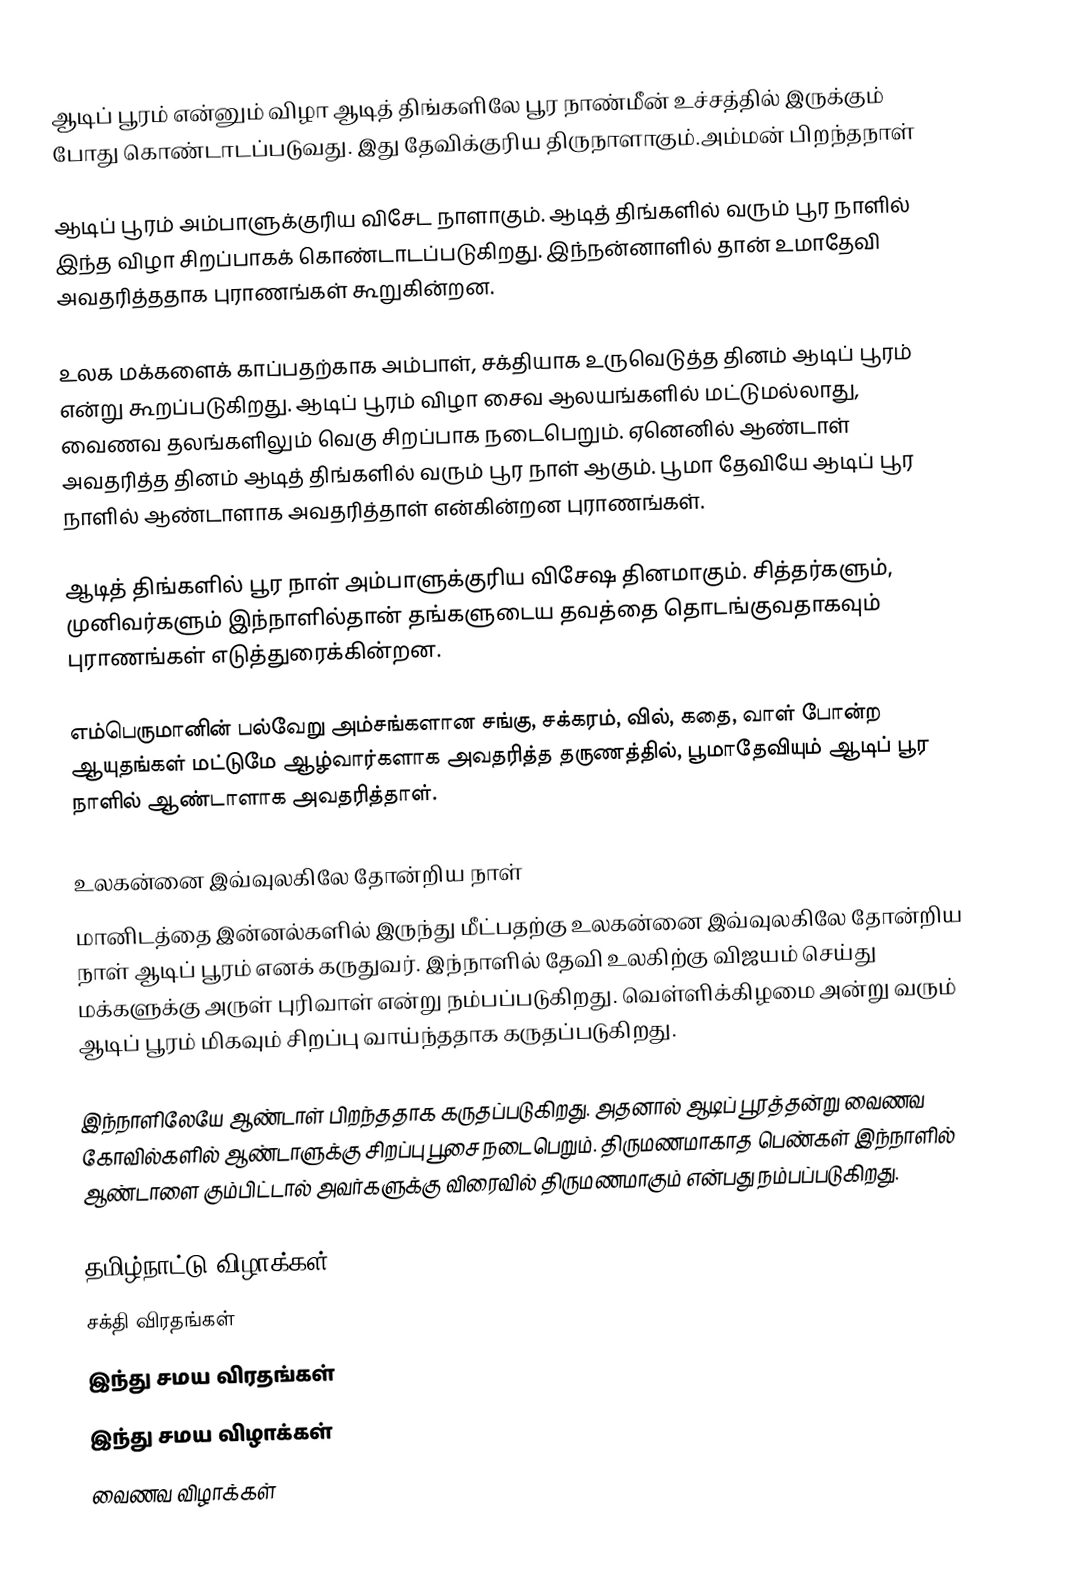
ஆடிப் பூரம் என்னும் விழா ஆடித் திங்களிலே பூர நாண்மீன் உச்சத்தில் இருக்கும் போது கொண்டாடப்படுவது. இது தேவிக்குரிய திருநாளாகும்.அம்மன் பிறந்தநாள்

ஆடிப் பூரம் அம்பாளுக்குரிய விசேட நாளாகும். ஆடித் திங்களில் வரும் பூர நாளில் இந்த விழா சிறப்பாகக் கொண்டாடப்படுகிறது. இந்நன்னாளில் தான் உமாதேவி அவதரித்ததாக புராணங்கள் கூறுகின்றன.

உலக மக்களைக் காப்பதற்காக அம்பாள், சக்தியாக உருவெடுத்த தினம் ஆடிப் பூரம் என்று கூறப்படுகிறது. ஆடிப் பூரம் விழா சைவ ஆலயங்களில் மட்டுமல்லாது, வைணவ தலங்களிலும் வெகு சிறப்பாக நடைபெறும். ஏனெனில் ஆண்டாள் அவதரித்த தினம் ஆடித் திங்களில் வரும் பூர நாள் ஆகும். பூமா தேவியே ஆடிப் பூர நாளில் ஆண்டாளாக அவதரித்தாள் என்கின்றன புராணங்கள்.

ஆடித் திங்களில் பூர நாள் அம்பாளுக்குரிய விசேஷ தினமாகும். சித்தர்களும், முனிவர்களும் இந்நாளில்தான் தங்களுடைய தவத்தை தொடங்குவதாகவும் புராணங்கள் எடுத்துரைக்கின்றன.

எம்பெருமானின் பல்வேறு அம்சங்களான சங்கு, சக்கரம், வில், கதை, வாள் போன்ற ஆயுதங்கள் மட்டுமே ஆழ்வார்களாக அவதரித்த தருணத்தில், பூமாதேவியும் ஆடிப் பூர நாளில் ஆண்டாளாக அவதரித்தாள்.

உலகன்னை இவ்வுலகிலே தோன்றிய நாள்
மானிடத்தை இன்னல்களில் இருந்து மீட்பதற்கு உலகன்னை இவ்வுலகிலே தோன்றிய நாள் ஆடிப் பூரம் எனக் கருதுவர். இந்நாளில் தேவி உலகிற்கு விஜயம் செய்து மக்களுக்கு அருள் புரிவாள் என்று நம்பப்படுகிறது. வெள்ளிக்கிழமை அன்று வரும் ஆடிப் பூரம் மிகவும் சிறப்பு வாய்ந்ததாக கருதப்படுகிறது.

இந்நாளிலேயே ஆண்டாள் பிறந்ததாக கருதப்படுகிறது. அதனால் ஆடிப் பூரத்தன்று வைணவ கோவில்களில் ஆண்டாளுக்கு சிறப்பு பூசை நடைபெறும். திருமணமாகாத பெண்கள் இந்நாளில் ஆண்டாளை கும்பிட்டால் அவர்களுக்கு விரைவில் திருமணமாகும் என்பது நம்பப்படுகிறது.

தமிழ்நாட்டு விழாக்கள்
சக்தி விரதங்கள்
இந்து சமய விரதங்கள்
இந்து சமய விழாக்கள்
வைணவ விழாக்கள்